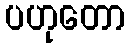
ပဟုတော